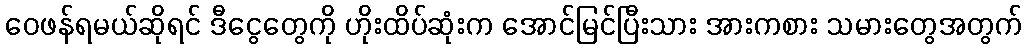
ဝေဖန်ရမယ်ဆိုရင် ဒီငွေတွေကို ဟိုးထိပ်ဆုံးက အောင်မြင်ပြီးသား အားကစား သမားတွေအတွက်